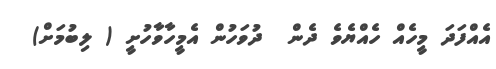
އެއްފަދަ މީހެއް ހެއްޔެވެ ދެން  ދުވަހުން އެމީހާވާހުށީ ( ލިބުމަށް)